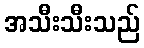
အသီးသီးသည်